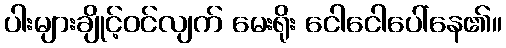
ပါးများချိုင့်ဝင်လျက် မေးရိုး ငေါငေါပေါ်နေ၏။